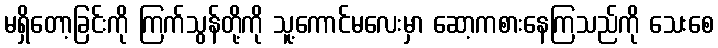
မရှိတော့ခြင်းကို ကြက်သွန်တို့ကို သူ့ကောင်မလေးမှာ ဆော့ကစားနေကြသည်ကို သေးစေ